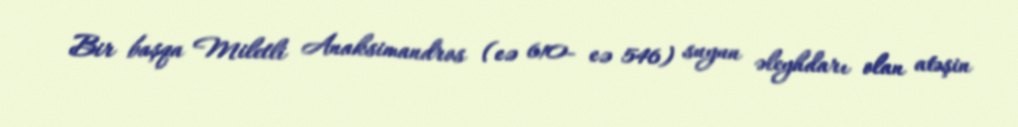
Bir başqa Miletli Anaksimandros (e.ə 610- e.ə 546) suyun əleyhdarı olan atəşin